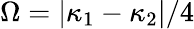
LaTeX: \Omega=\left|\kappa_{1}-\kappa_{2}\right|/4